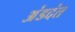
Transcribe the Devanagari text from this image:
अंडदंत